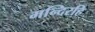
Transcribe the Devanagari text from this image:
मन्दिरहि